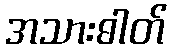
အသားဓါတ်